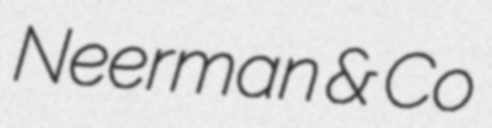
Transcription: Neerman & Co